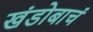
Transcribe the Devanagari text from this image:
खंडोबाचं